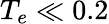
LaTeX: T_{e}\ll 0.2